Scottish Leaving Certificate Examination, 1957
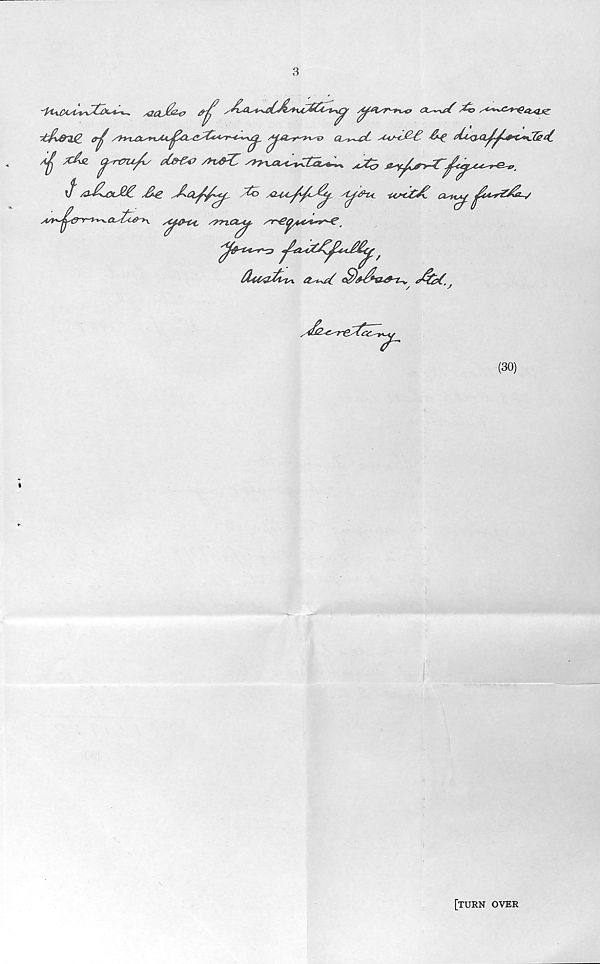
saaJbo
y^yr^n^p <x^*/ £o
ltfii&2jg_ 0-jj y^lXky^xyU^Ct C-y&yt^r-t-*^^
CL^ct yCu~cJZ£
*£lyaXl^~&C+C& *(.
^ x&> Cj^nru/s <Ue« /**£
^
$ /3y£**Ot-$£. /&£
/2o /QylyC^^-y^^, st^&TsC ■t4Sc£& (X^i^
yV^y^-r-y^(^itxe-b^ s<^£HsC y'/'nct^. y^r^^eytyn^-e ^
'^^tyty^y j^tZytyt^^Xc££^ ^
$<4&fcly\ tt^Uy{
(30)
[turn over